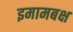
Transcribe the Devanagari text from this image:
इमामबक्ष